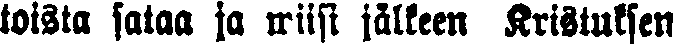
toista sataa ja wiisi jälkeen Kristuksen